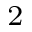
_ 2